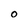
Character: O